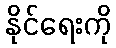
နိုင်ရေးကို